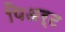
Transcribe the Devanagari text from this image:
पिअर्ट